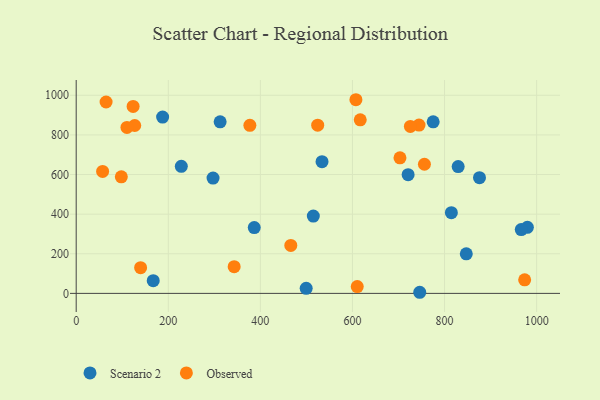
{"axis": {"x": "Speed", "y": "Profit"}, "legend": ["Observed", "Scenario 2"], "data": [{"x": "979.9", "y": 333.6, "type": "Scenario 2"}, {"x": "966.6", "y": 322.0, "type": "Scenario 2"}, {"x": "829.6", "y": 640.3, "type": "Scenario 2"}, {"x": "746.1", "y": 5.6, "type": "Scenario 2"}, {"x": "386.7", "y": 332.3, "type": "Scenario 2"}, {"x": "720.9", "y": 599.4, "type": "Scenario 2"}, {"x": "499.5", "y": 25.3, "type": "Scenario 2"}, {"x": "515.0", "y": 390.5, "type": "Scenario 2"}, {"x": "187.7", "y": 890.1, "type": "Scenario 2"}, {"x": "775.3", "y": 866.1, "type": "Scenario 2"}, {"x": "814.8", "y": 407.3, "type": "Scenario 2"}, {"x": "167.3", "y": 64.4, "type": "Scenario 2"}, {"x": "533.9", "y": 664.7, "type": "Scenario 2"}, {"x": "228.3", "y": 641.6, "type": "Scenario 2"}, {"x": "847.2", "y": 199.5, "type": "Scenario 2"}, {"x": "312.6", "y": 866.1, "type": "Scenario 2"}, {"x": "875.9", "y": 583.9, "type": "Scenario 2"}, {"x": "297.2", "y": 581.9, "type": "Scenario 2"}, {"x": "524.5", "y": 849.3, "type": "Observed"}, {"x": "466.1", "y": 242.3, "type": "Observed"}, {"x": "756.3", "y": 651.8, "type": "Observed"}, {"x": "616.9", "y": 876.2, "type": "Observed"}, {"x": "744.6", "y": 849.5, "type": "Observed"}, {"x": "57.4", "y": 615.5, "type": "Observed"}, {"x": "127.1", "y": 847.6, "type": "Observed"}, {"x": "123.6", "y": 943.8, "type": "Observed"}, {"x": "610.4", "y": 34.5, "type": "Observed"}, {"x": "725.8", "y": 842.6, "type": "Observed"}, {"x": "607.5", "y": 977.6, "type": "Observed"}, {"x": "974.0", "y": 68.4, "type": "Observed"}, {"x": "110.2", "y": 838.0, "type": "Observed"}, {"x": "98.0", "y": 588.3, "type": "Observed"}, {"x": "343.1", "y": 135.0, "type": "Observed"}, {"x": "139.9", "y": 129.7, "type": "Observed"}, {"x": "377.2", "y": 848.3, "type": "Observed"}, {"x": "64.9", "y": 966.0, "type": "Observed"}, {"x": "703.2", "y": 684.1, "type": "Observed"}]}